Report on vaccination in Madras 1895-1903 - 1895-1903
Year: 1895
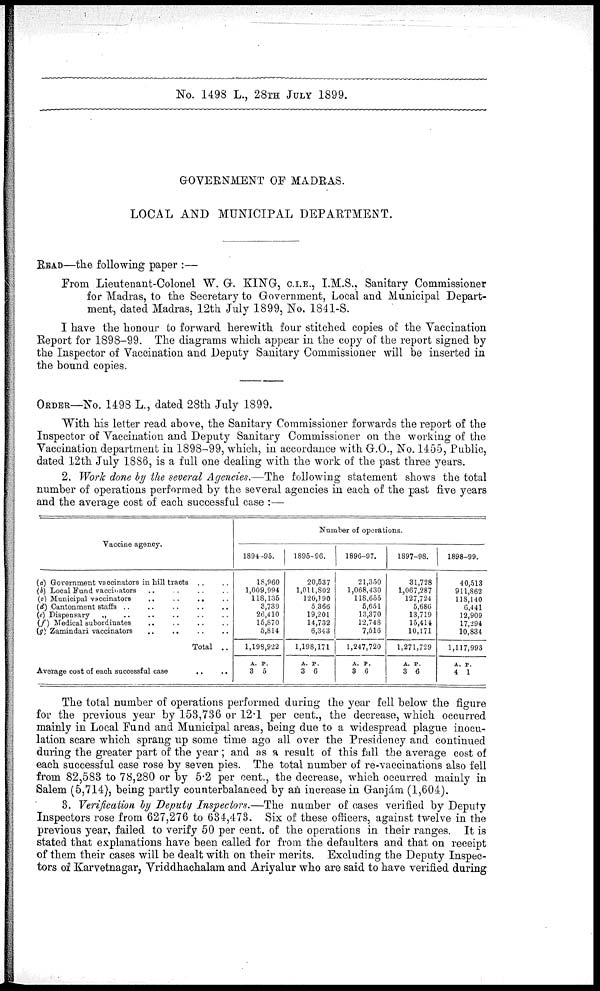
No. 1498 L., 28TH JULY 1899.
GOVERNMENT OF MADRAS.
LOCAL AND MUNICIPAL DEPARTMENT.
READ—the following paper :—
From Lieutenant-Colonel W. G. KING, C.I.E., I.M.S., Sanitary Commissioner
for Madras, to the Secretary to Government, Local and Municipal Depart-
ment, dated Madras, 12th July 1899, No. 1841-S.
I have the honour to forward herewith four stitched copies of the Vaccination
Report for 1898-99. The diagrams which appear in the copy of the report signed by
the Inspector of Vaccination and Deputy Sanitary Commissioner will be inserted in
the bound copies.
ORDER—No. 1498 L., dated 28th July 1899.
With his letter read above, the Sanitary Commissioner forwards the report of the
Inspector of Vaccination and Deputy Sanitary Commissioner on the working of the
Vaccination department in 1898-99, which, in accordance with G.O., No. 1455, Public,
dated 12th July 1886, is a full one dealing with the work of the past three years.
2. Work done by the several Agencies.—The following statement shows the total
number of operations performed by the several agencies in each of the past five years
and the average cost of each successful case :—
Vaccine agency.
(a) Government vaccinators in hill tracts .. ..
(b) Local Fund vaccinators .. .. .. ..
(c) Municipal vaccinators .. .. .. ..
(d) Cantonment staffs .. .. .. ..
(e) Dispensary
„ .. .. .. .. ..
(f) Medical subordinates
..
..
..
..
(g) Zamindari vaccinators .. .. .. ..
Total ..
Average cost of each successful case
.. ..
Number of operations.
1894-95.
18,960
1,009,994
118,135
3,739
26,410
15,870
5,814
1,198,922
A.
3
P.
5
1895-96.
20,537
1,011,802
120,190
5,366
19,201
14,732
6,343
1,198,171
A.
3
P.
6
1896-97.
21,350
1,068,430
118,655
5,651
13,370
12,748
7,516
1,247,720
A.
3
P.
6
1897-98.
31,728
1,067,287
127,724
5,686
13,719
15,414
10,171
1,271,729
A.
3
P.
6
1898-99.
40,513
911,862
118,140
6,441
12,909
17,294
10,834
1,117,993
A.
4
P.
1
The total number of operations performed during the year fell below the figure
for the previous year by 153,736 or 12.1 per cent., the decrease, which occurred
mainly in Local Fund and Municipal areas, being due to a widespread plague inocu-
lation scare which sprang up some time ago all over the Presidency and continued
during the greater part of the year ; and as a result of this fall the average cost of
each successful case rose by seven pies. The total number of re-vaccinations also fell
from 82,583 to 78,280 or by 5.2 per cent., the decrease, which occurred mainly in
Salem (5,714), being partly counterbalanced by an increase in Ganjám (1,604).
3. Verification by Deputy Inspectors.—The number of cases verified by Deputy
Inspectors rose from 627,276 to 634,473. Six of these officers, against twelve in the
previous year, failed to verify 50 per cent. of the operations in their ranges. It is
stated that explanations have been called for from the defaulters and that on receipt
of them their cases will be dealt with on their merits. Excluding the Deputy Inspec-
tors of Karvetnagar, Vriddhachalam and Ariyalur who are said to have verified during